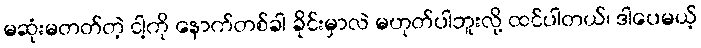
မဆုံးမတတ်တဲ့ ငါ့ကို နောက်တစ်ခါ ခိုင်းမှာလဲ မဟုတ်ပါဘူးလို့ ထင်ပါတယ်၊ ဒါပေမယ့်